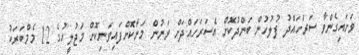
ވަށައިގެންވާ ސަރަހައްދު ފުލުހުން ބަންދުކޮށް އެސަރަހައްދަށް ވަނުން މަނާކޮށްފައިވަނިކޮށް މަޖުލީހުގެ 12 މެމްބަރަކު